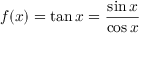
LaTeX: f ( x ) = \tan x = { \frac { \sin x } { \cos x } }